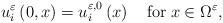
LaTeX: \begin{align*}u_{i}^{\varepsilon}\left(0,x\right)=u_{i}^{\varepsilon,0}\left(x\right)\quad\mbox{for}\;x\in\Omega^{\varepsilon},\end{align*}